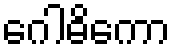
ဂေါဓိကော